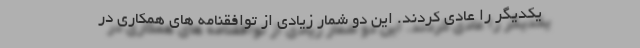
یکدیگر را عادی کردند. این دو شمار زیادی از توافقنامه های همکاری در